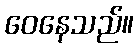
ဝေနေသည်။